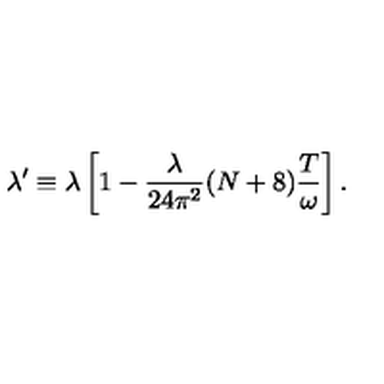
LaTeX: \lambda ^ { \prime } \equiv \lambda \left[ 1 - \frac { \lambda } { 2 4 \pi ^ { 2 } } ( N + 8 ) \frac { T } { \omega } \right] .